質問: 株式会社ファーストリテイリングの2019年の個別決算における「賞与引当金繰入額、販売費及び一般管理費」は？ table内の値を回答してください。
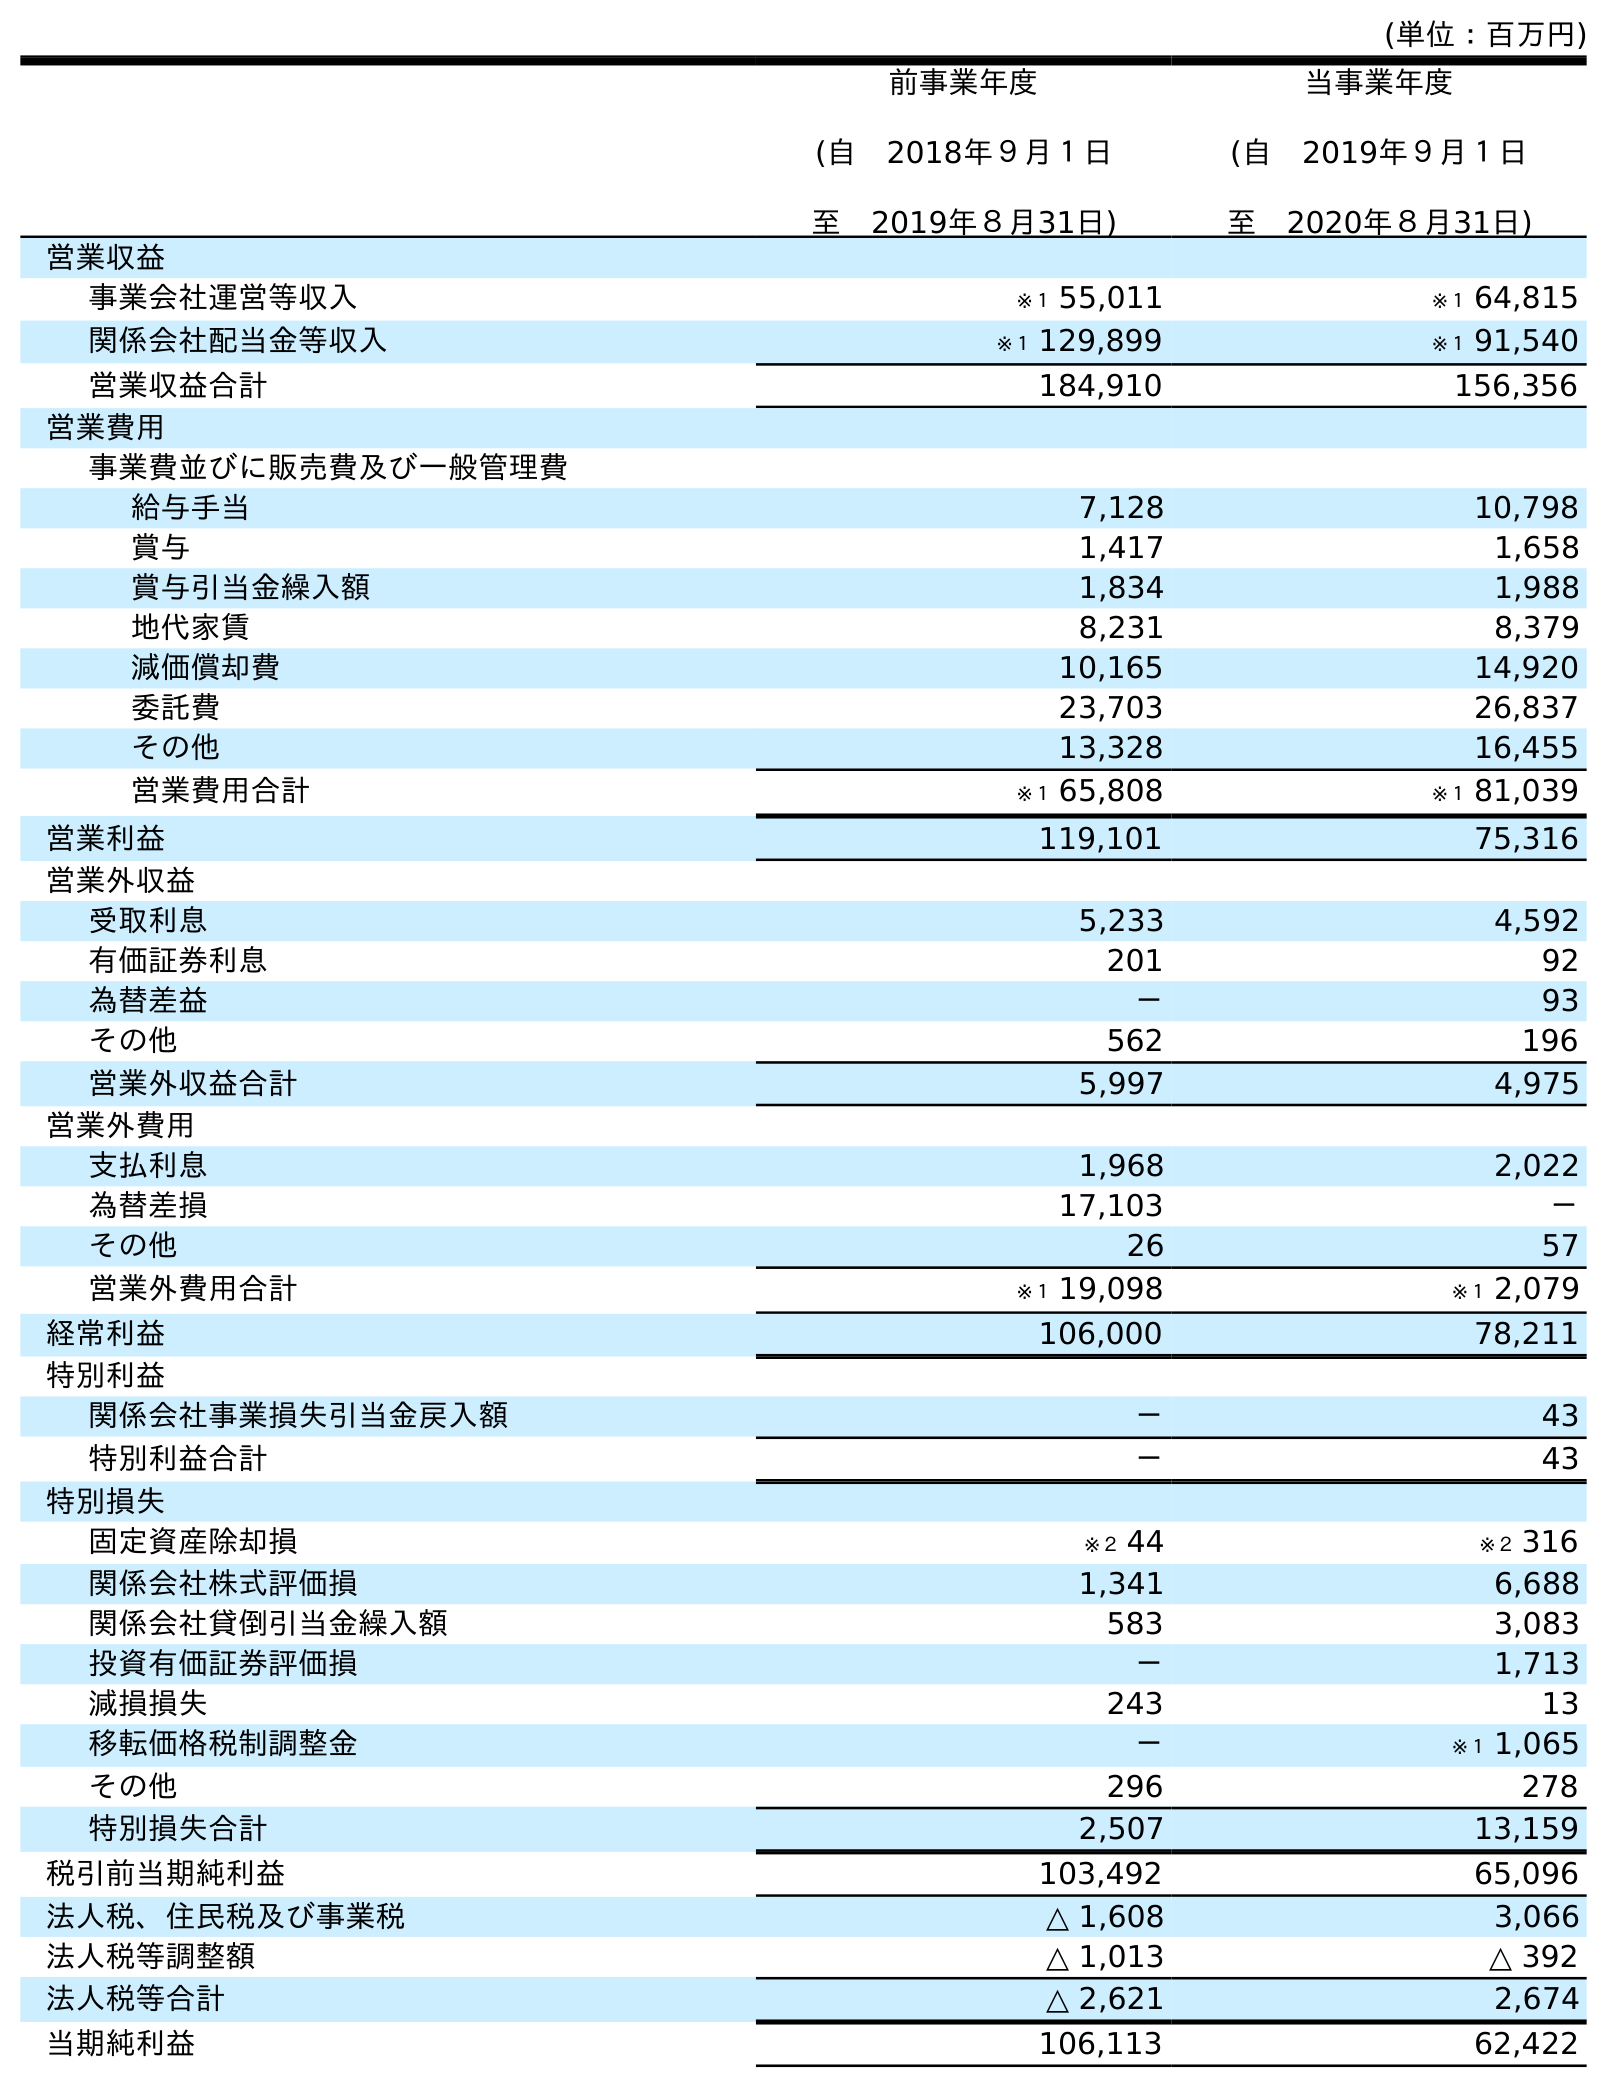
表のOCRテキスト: (単位：百万円) 前事業年度 (自 2018年９月１日 至 2019年８月31日) 当事業年度 (自 2019年９月１日 至 2020年８月31日) 営業収益 事業会社運営等収入 ※１ 55,011 ※１ 64,815 関係会社配当金等収入 ※１ 129,899 ※１ 91,540 営業収益合計 184,910 156,356 営業費用 事業費並びに販売費及び一般管理費 給与手当 7,128 10,798 賞与 1,417 1,658 賞与引当金繰入額 1,834 1,988 地代家賃 8,231 8,379 減価償却費 10,165 14,920 委託費 23,703 26,837 その他 13,328 16,455 営業費用合計 ※１ 65,808 ※１ 81,039 営業利益 119,101 75,316 営業外収益 受取利息 5,233 4,592 有価証券利息 201 92 為替差益 － 93 その他 562 196 営業外収益合計 5,997 4,975 営業外費用 支払利息 1,968 2,022 為替差損 17,103 － その他 26 57 営業外費用合計 ※１ 19,098 ※１ 2,079 経常利益 106,000 78,211 特別利益 関係会社事業損失引当金戻入額 － 43 特別利益合計 － 43 特別損失 固定資産除却損 ※２ 44 ※２ 316 関係会社株式評価損 1,341 6,688 関係会社貸倒引当金繰入額 583 3,083 投資有価証券評価損 － 1,713 減損損失 243 13 移転価格税制調整金 － ※１ 1,065 その他 296 278 特別損失合計 2,507 13,159 税引前当期純利益 103,492 65,096 法人税、住民税及び事業税 △ 1,608 3,066 法人税等調整額 △ 1,013 △ 392 法人税等合計 △ 2,621 2,674 当期純利益 106,113 62,422
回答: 1,834